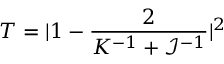
T = | 1 - \frac { 2 } { K ^ { - 1 } + \mathcal { I } ^ { - 1 } } | ^ { 2 }